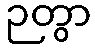
ဉတွာ